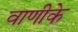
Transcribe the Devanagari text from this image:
वाणीके